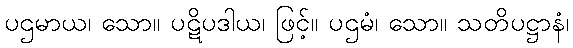
ပဌမာယ၊ သော။ ပဋိပဒါယ၊ ဖြင့်။ ပဌမံ၊ သော။ သတိပဋ္ဌာနံ၊